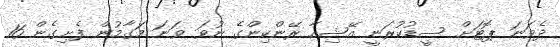
ދެވަނަ ޕޮޓަށް ސީޑުކުރަނީ އޭޝިއާ ރޭންކިންގެ ނުވަ ވަނަ މަގާމުން ފެށިގެން 16